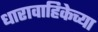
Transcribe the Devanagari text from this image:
धारावाहिकेच्या